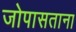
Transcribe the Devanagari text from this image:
जोपासताना